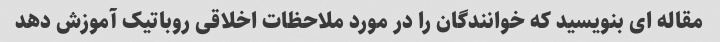
مقاله ای بنویسید که خوانندگان را در مورد ملاحظات اخلاقی روباتیک آموزش دهد